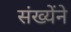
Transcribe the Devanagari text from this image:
संख्येंने